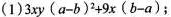
(1) $$3xy ( a-b ) + 9x ( b-a )；